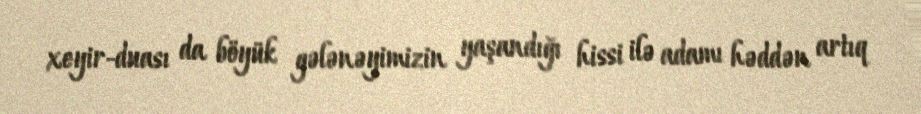
xeyir-duası da böyük gələnəyimizin yaşandığı hissi ilə adamı həddən artıq